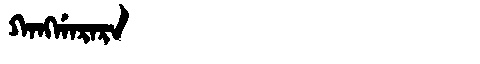
Manchu: ᡴᠠᠩᡤᠠᡵᠠᡵᠠ
Romanization: KANGGARARA